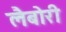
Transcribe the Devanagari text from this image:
लैबोरी